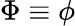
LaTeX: \Phi\equiv\phi